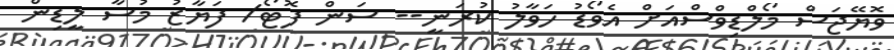
ވޮޔޭޖަސް މޯލްޑިވްސްއަށް އެވޯޑު ހަވާލު ކުރަނީ-- ސަން ފޮޓޯ/ ފަޔާޒު މުސާ ލީޑިން